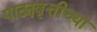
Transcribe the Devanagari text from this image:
पाठ्यवृत्तीच्या